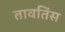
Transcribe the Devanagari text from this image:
तावतिंस